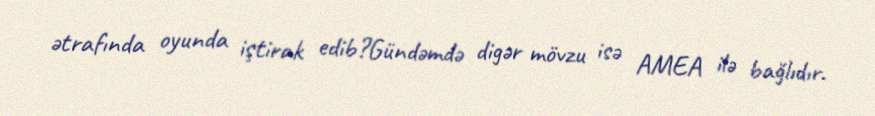
ətrafında oyunda iştirak edib?Gündəmdə digər mövzu isə AMEA ilə bağlıdır.